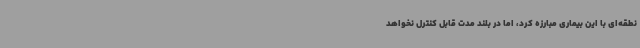
نطقه‌ای با این بیماری مبارزه کرد، اما در بلند مدت قابل کنترل نخواهد